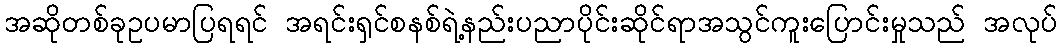
အဆိုတစ်ခုဥပမာပြရရင် အရင်းရှင်စနစ်ရဲ့နည်းပညာပိုင်းဆိုင်ရာအသွင်ကူးပြောင်းမှုသည် အလုပ်